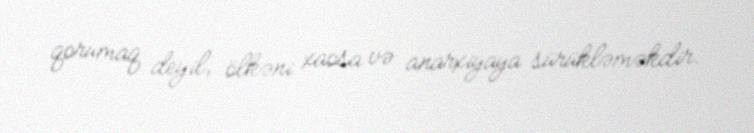
qorumaq deyil, ölkəni xaosa və anarxiyaya sürükləməkdir.